Report on sanitation, dispensaries, and jails in Rajputana for 1921, and on vaccination for the year 1921-1922 - 1921-1922
Year: 1921
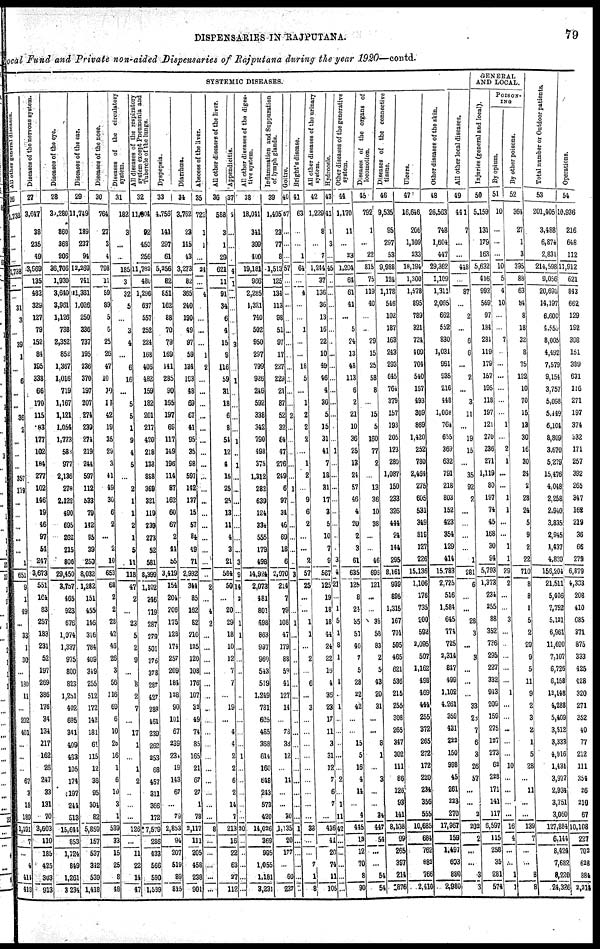
DISPENSARIES IN RAJPUTANA.
79
Local Fund, and Private non-aided Dispensaries of Rajputana during the year 1920—contd.
SYSTEMIC DISEASES.
All other general diseases.
26
1,738
...
...
...
1,738
...
...
31
3
...
39
1
...
6
...
...
36
2
...
...
...
357
178
...
...
...
...
...
1
651
9
1
49
...
33
1
30
...
180
11
...
202
401
...
...
1
67
3
18
189
1,191
7
...
4
414
418
Diseases of the nervous system.
27
3,647
38
235
49
3,969
135
482
329
127
79
152
84
195
338
66
170
115
83
177
102
184
277
102
146
19
46
97
54
247
3,673
551
164
83
257
183
231
52
197
269
386
176
34
134
217
162
26
247
33
131
70
3,603
110
185
425
303
913
Diseases of the eye.
28
30,280
860
368
206
36,706
1,930
3,640
3,961
1,126
738
2,352
852
1,367
1,016
719
1,167
1,121
1,051
1,773
583
977
2,136
278
2,122
490
695
262
215
806
29,450
3,757
465
923
676
1,074
1,337
975
800
823
l,25l
402
695
341
409
483
105
174
197
244
513
15,644
853
1,124
849
1,261
3,234
Diseases of the ear.
29
11,749
189
237
94
12,269
741
11,381
1,026
250
336
737
195
236
370
197
207
274
239
274
219
244
597
112
533
79
142
95
39
250
8,032
1,282
151
455
146
316
784
409
349
255
512
172
142
181
61
115
12
36
95
304
82
5,859
157
537
342
539
1,418
Diseases of the nose.
30
764
27
3
4
798
11
59
89
5
6
25
26
17
10
10
13
12
19
35
29
3
41
49
30
6
2
...
2
10
653
68
2
2
28
42
46
26
3
56
116
69
6
10
28
16
1
6
10
3
1
539
33
15
25
8
48
Diseases of the circulatory
system.
31
182
3
...
...
185
3
32
5
...
3
1
...
6
16
...
5
5
1
9
1
5
...
2
1
1
2
1
5
11
118
47
2
...
23
5
2
9
...
8
2
7
...
17
1
...
1
2
...
...
...
126
...
11
22
14
47
All diseases of the respiratory
system except Pneumonia and
Tubercle of the lungs.
32
11,604
92
450
256
11,782
480
1,296
637
557
252
224
168
406
482
159
182
201
217
420
218
138
888
369
321
119
239
273
52
581
8,399
1,102
346
719
287
279
501
376
378
287
427
288
461
239
262
253
68
457
311
366
172
7,579
286
433
566
590
1,589
Dyspepsia.
33
4,756
141
297
61
5,256
82
851
162
88
70
79
169
141
285
90
165
197
69
117
149
196
114
87
162
60
67
2
44
55
3,419
154
204
206
175
128
174
257
209
184
128
90
101
67
239
234
19
143
67
...
79
2,853
94
207
519
89
815
Diarrhœa.
34
3,762
23
145
43
3,273
82
365
240
190
49
97
59
134
193
18
69
67
41
95
35
98
597
142
137
15
57
84
49
71
2,932
344
85
162
82
210
125
120
108
176
107
32
49
74
85
165
21
67
27
1
78
2,117
111
205
458
238
901
Abscess of the liver.
35
722
1
1
...
24
...
4
...
...
...
...
1
2
...
...
...
...
...
...
...
...
...
...
...
...
...
...
...
...
...
2
...
4
2
...
...
...
...
...
...
...
...
...
...
...
...
...
...
...
...
8
...
...
...
...
...
All other diseases of the liver.
36
588
3
1
29
621
11
91
34
6
4
15
9
116
59
31
18
6
8
54
12
4
18
25
25
13
11
4
3
21
584
50
...
20
29
18
10
12
7
7
...
19
...
4
4
2
2
6
2
14
7
213
16
22
63
27
112
Appendicitis.
37
1
...
...
...
4
1
...
...
...
...
3
...
...
1
...
...
...
...
1
...
1
...
...
...
...
...
...
...
3
9
14
2
...
1
1
...
...
...
...
...
...
...
...
1
...
...
...
...
...
20
...
...
...
...
...
All other diseases of the diges-
tive system.
38
18,041
341
399
400
19,181
966
2,285
1,321
740
502
950
297
799
926
246
592
338
342
790
498
375
1,312
282
639
124
334
555
179
498
14,924
2,073
481
801
498
863
997
960
543
519
1,249
781
605
465
368
614
160
648
243
573
420
11,026
36S
995
1,055
1,181
3,231
Inflammation and Suppuration
of lymph glands.
39
1,405
23
77
8
1,513
125
134
113
98
51
97
17
227
229
21
87
52
32
64
47
276
249
6
97
34
46
69
18
6
2,070
214
7
79
108
47
179
88
59
41
127
14
...
78
38
12
...
11
...
...
30
1,135
20
177
...
60
237
Goitre.
40
57
...
...
...
57
...
...
...
...
...
...
...
...
...
...
...
2
...
...
...
...
...
1
...
...
...
...
...
...
3
...
1
...
...
...
...
...
...
...
...
...
...
...
...
...
...
...
...
1
...
...
...
...
..
Bright's disease.
41
63
...
...
1
64
...
4
...
...
1
...
...
18
5
...
1
2
2
2
...
1
2
...
9
6
2
...
...
2
57
25
...
...
1
1
...
2
...
6
...
3
...
...
...
...
...
...
...
...
...
38
...
...
7
1
8
All other diseases of the urinary
system.
42
1,229
8
...
7
1,244
37
136
36
13
16
22
10
49
46
4
36
5
15
31
41
7
18
31
17
3
5
10
7
9
567
125
19
18
18
44
24
22
16
4
36
23
17
11
3
31
12
7
6
7
...
436
41
20
74
11
105
Hydrocele
43
41
1
3
...
45
...
...
...
...
...
...
...
...
...
...
...
...
...
...
1
...
...
...
...
...
...
...
...
3
4
21
...
1
5
1
8
1
1
...
1
...
...
...
...
...
2
...
1
11
42
...
...
...
...
...
Other diseases of the generative
system.
44
1,170
11
...
23
1,204
61
61
41
...
5
24
13
48
113
6
2
21
10
36
25
13
24
57
46
4
20
2
3
61
635
125
8
24
35
51
40
7
5
28
22
42
...
...
15
5
16
4
14
...
4
445
13
12
70
8
90
Diseases of the organs of
locomotion.
45
792
1
...
22
815
75
119
40
...
...
29
15
25
58
8
...
15
5
160
77
2
...
13
36
10
38
...
...
46
69
121
...
...
38
58
83
2
5
43
20
31
...
...
8
1
...
3
...
...
34
447
54
...
...
54
54
Diseases of the connective
tissue.
46
9,535
95
297
53
9,988
124
1,178
546
102
187
163
213
293
645
764
379
157
193
205
123
289
1,087
150
233
326
444
24
144
295
8,161
939
895
1,315
167
701
595
465
621
536
215
255
308
265
347
302
111
86
126
93
141
8,168
99
265
397
214
876
Ulcers.
47
16,646
206
1,109
233
18,194
1,300
1,578
895
789
321
724
409
704
540
157
193
309
869
1,420
252
780
2,464
275
605
531
349
819
127
226
15,136
1,106
176
735
200
592
2,095
507
1,162
498
469
444
255
372
265
272
172
220
234
356
555
10,685
684
762
882
766
2,410
Other diseases of the skin.
48
26,563
748
1,604
447
29,362
1,109
1,311
2,065
662
552
830
1,031
961
935
216
448
1,068
764
655
369
632
791
218
803
152
423
354
129
414
15,783
2,725
516
1,584
645
774
725
2,314
847
499
1,102
4,261
359
431
222
150
998
45
261
223
270
17,967
159
1,497
603
880
2,980
All other local diseases.
49
441
7
...
...
448
...
87
...
2
...
6
6
...
2
...
3
11
...
19
15
...
35
92
2
...
...
...
...
1
281
6
...
...
28
3
...
3
...
...
...
33
28
7
6
3
26
57
...
...
2
202
2
...
...
3
3
GENERAL
AND LOCAL.
Injuries (general and local).
50
5,159
131
179
163
5,632
416
992
569
97
184
281
119
179
157
195
118
197
121
270
236
271
1,119
80
197
74
45
168
30
94
5,793
1,373
234
255
88
352
736
295
227
332
943
209
159
275
127
273
62
228
171
141
117
6,597
115
258
35
281
574
POISON¬
---
By opium.
51
10
...
...
...
10
5
4
10
...
...
7
...
...
...
...
...
...
1
...
2
1
...
...
1
1
...
...
1
1
29
2
...
...
3
...
...
...
...
...
1
...
...
...
...
...
10
...
...
...
...
16
4
...
...
1
1
By other poisons.
52
364
27
1
3
395
88
63
84
8
18
32
8
75
122
10
70
15
13
30
16
30
24
2
28
24
5
9
2
22
710
8
8
1
5
2
29
9
5
11
9
2
3
2
1
5
28
...
11
...
...
139
7
...
...
8
8
Total number or Outdoor patients.
53
201,405
3,488
6,874
2,831
214,598
9,056
20,696
14,197
6,600
4,559
8,005
4,492
7,579
9,154
3,757
5,098
5,449
6,104
8,809
3,670
5,279
15,476
4,048
2,258
2,940
3,835
2,945
1,437
4,820
156,204
21,511
5,406
7,752
5,121
6,961
11,690
7,107
6,720
6,158
12,148
4,288
5,409
3,515
3,333
4,916
1,431
3,977
2,934
3,751
3,060
127,884
6,144
8,424
7,682
8,220
24,326
Operations.
54
10,936
216
648
112
11,912
621
843
662
129
192
398
151
389
631
116
271
197
374
332
171
257
392
265
347
162
219
36
66
279
6,879
4,333
208
410
685
371
875
333
425
428
320
271
352
40
77
212
111
354
26
210
67
10,108
227
702
628
884
2,214